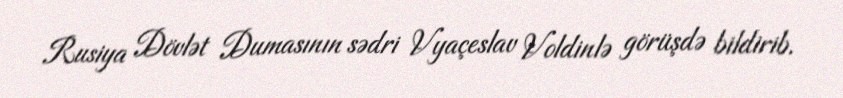
Rusiya Dövlət Dumasının sədri Vyaçeslav Voldinlə görüşdə bildirib.